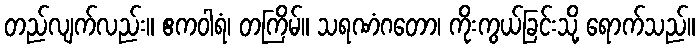
တည်လျက်လည်း။ ဧကဝါရံ၊ တကြိမ်။ သရဏံဂတော၊ ကိုးကွယ်ခြင်းသို့ ရောက်သည်။